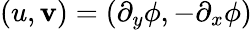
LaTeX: (u,\mathbf{v})=(\partial_{y}\phi,-\partial_{x}\phi)